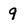
Character: q